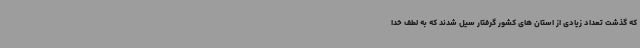
که گذشت تعداد زیادی از استان های کشور گرفتار سیل شدند که به لطف خدا